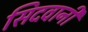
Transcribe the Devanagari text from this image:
सिदवानी